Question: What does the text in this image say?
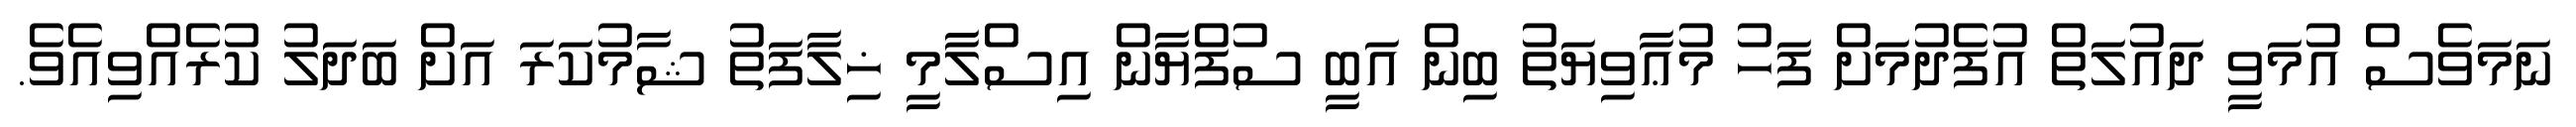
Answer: ނަމަވެސް އުމަވީ ދައުލަތް އުފެދުމަށް ފަހު މުޢާވިޔަތު ބިން އަބީ ސުފްޔާން އިސްލާމީ ޚިލާފަތު ޝާމުކަރަ އަށް ބަދަލު ކުރެއްވިއެވެ.